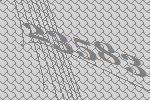
23583